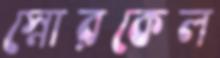
স্নোরকেল